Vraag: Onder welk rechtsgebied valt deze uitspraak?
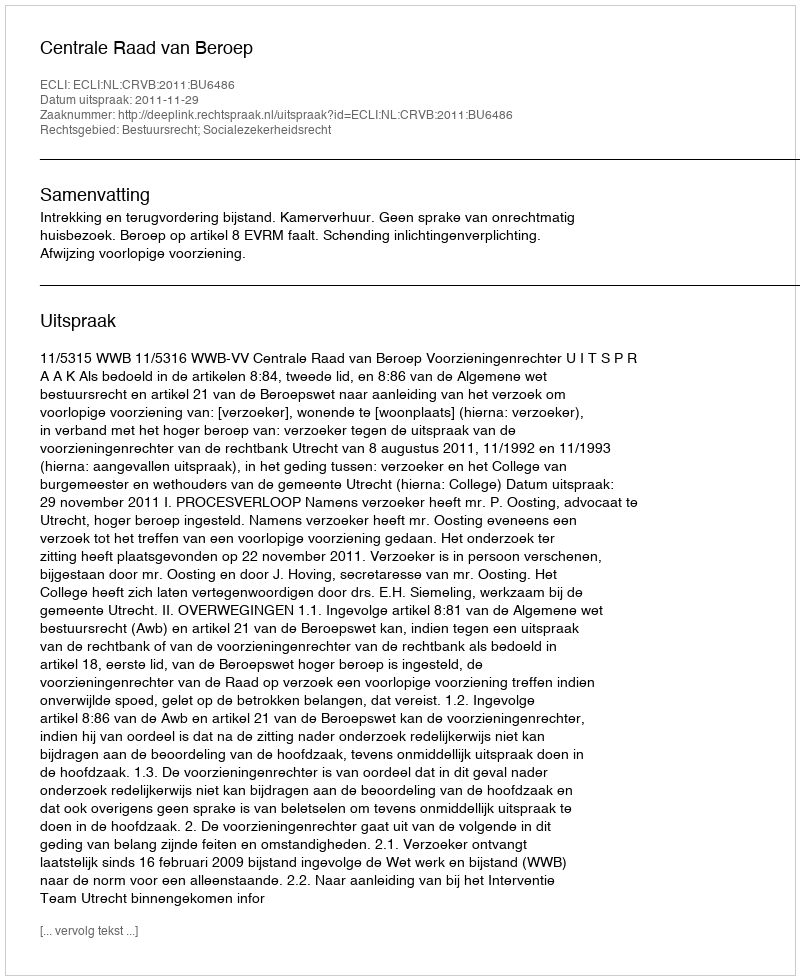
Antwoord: Bestuursrecht; Socialezekerheidsrecht